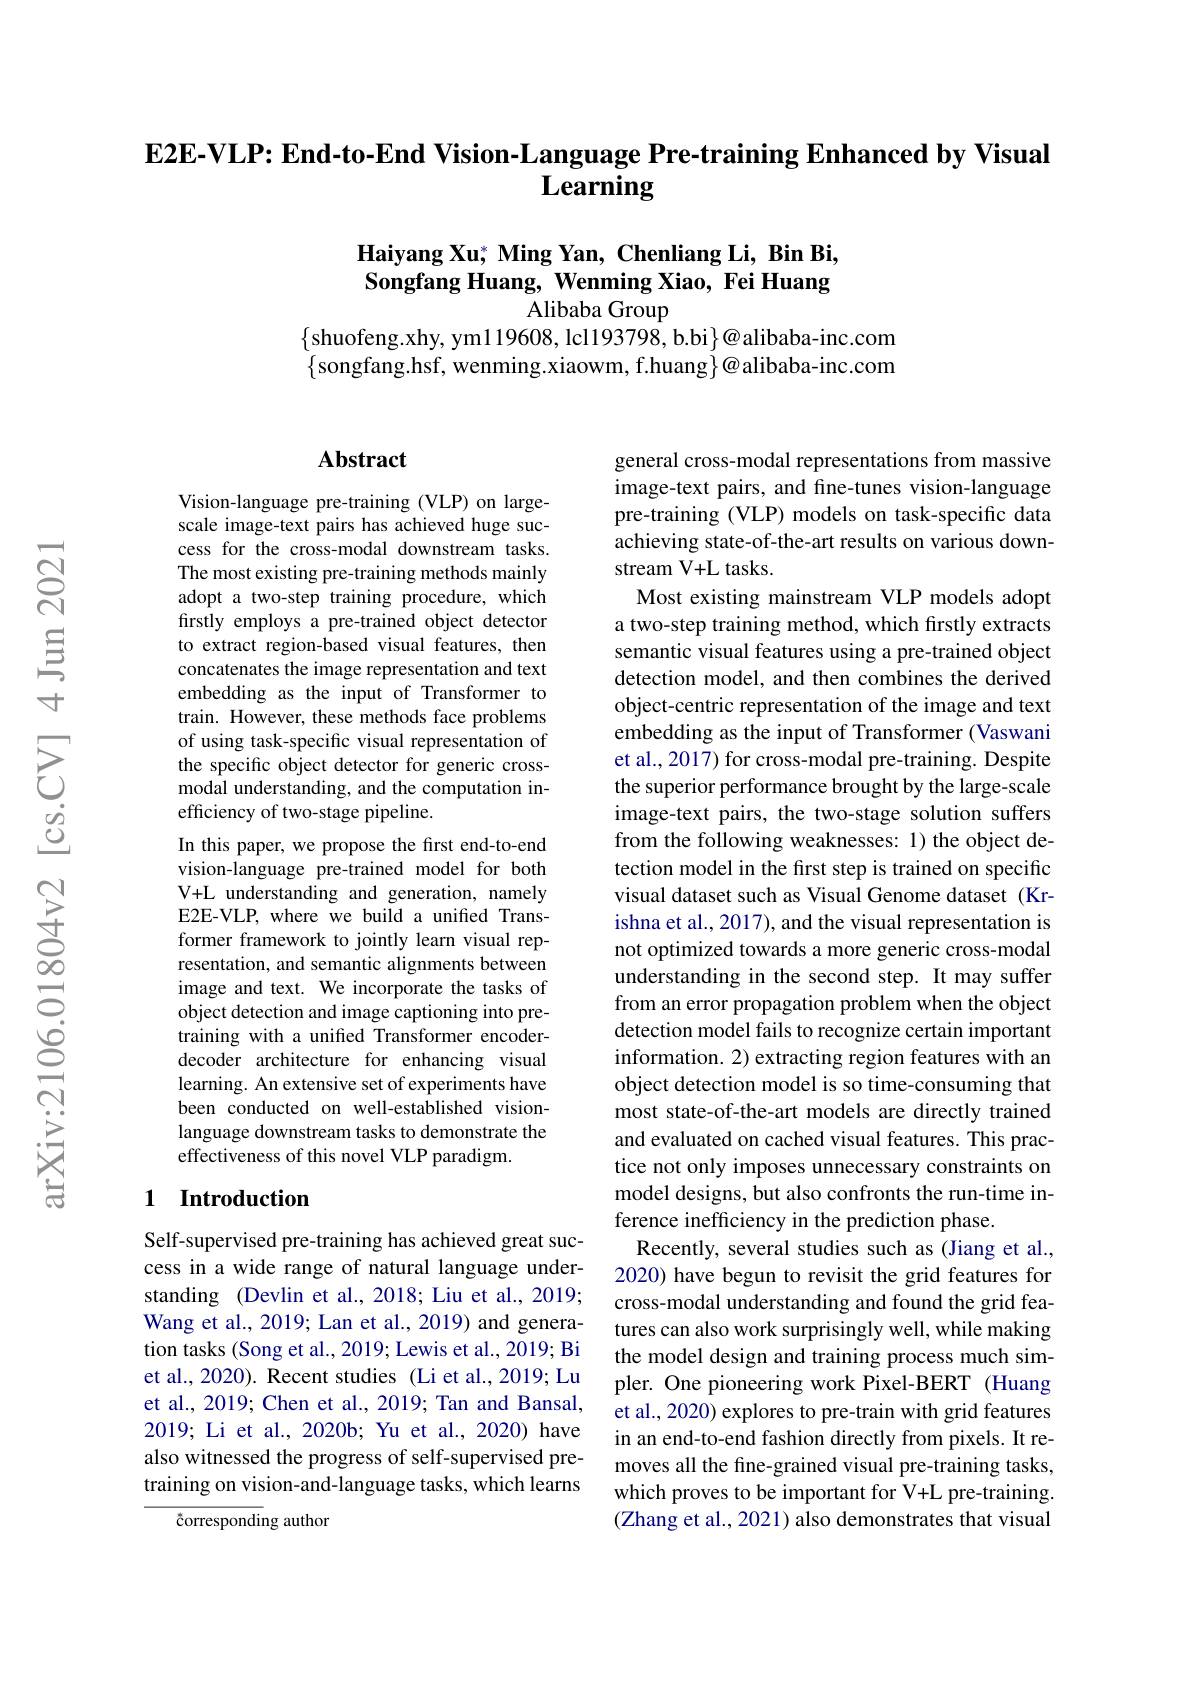
$\textbf{E2E- VLP: End- to- End Vision- Language Pre- training Enhanced by Visual}$
# $\mathbf{Learning}$

# Haiyang Xu; Ming Yan, Chenliang Li, Bin Bi, Songfang Huang, Wenming Xiao, Fei Huang $\overset{\mathrm{e}}{\operatorname*{AlibabaGroup}}$

$\{$shuofeng.xhy, ym119608, lcl193798, b.bi$\}@$alibaba-inc.com $\{$songfang.hsf, wenming.xiaowm, f.huang$\}@$alibaba-inc.com

### $\mathbf{Abstract}$

Vision-language pre-training (VLP) on largescale image-text pairs has achieved huge success for the cross-modal downstream tasks. The most existing pre-training methods mainly adopt a two-step training procedure, which firstly employs a pre-trained object detector to extract region-based visual features, then concatenates the image representation and text embedding as the input of Transformer to train. However, these methods face problems of using task-specific visual representation of the specific object detector for generic crossmodal understanding, and the computation inefficiency of two-stage pipeline.
In this paper, we propose the first end-to-end vision-language pre-trained model for both V+L understanding and generation, namely E2E-VLP, where we build a unified Transformer framework to jointly learn visual representation, and semantic alignments between image and text. We incorporate the tasks of object detection and image captioning into pretraining with a unified Transformer encoderdecoder architecture for enhancing visual learning. An extensive set of experiments have been conducted on well-established visionlanguage downstream tasks to demonstrate the effectiveness of this novel VLP paradigm.

### 1 Introduction

Self-supervised pre-training has achieved great success in a wide range of natural language understanding (Devlin et al., 2018; Liu et al., 2019; Wang et al., 2019; Lan et al., 2019) and generation tasks (Song et al., 2019; Lewis et al., 2019; Bi et al., 2020). Recent studies (Li et al., 2019; Lu et al., 2019; Chen et al., 2019; Tan and Bansal, 2019; Li et al., 2020b; Yu et al., 2020) have also witnessed the progress of self-supervised pretraining on vision-and-language tasks, which learns

{}čorresponding author

general cross-modal representations from massive image-text pairs, and fine-tunes vision-language pre-training (VLP) models on task-specific data achieving state-of-the-art results on various downstream V+L tasks.
Most existing mainstream VLP models adopt a two-step training method, which firstly extracts semantic visual features using a pre-trained object detection model, and then combines the derived object-centric representation of the image and text embedding as the input of Transformer (Vaswani et al., 2017) for cross-modal pre-training. Despite the superior performance brought by the large-scale image-text pairs, the two-stage solution suffers from the following weaknesses: 1) the object detection model in the frst step is trained on specific visual dataset such as Visual Genome dataset (Krishna et al., 2017), and the visual representation is not optimized towards a more generic cross-modal understanding in the second step. It may suffer from an error propagation problem when the object detection model fails to recognize certain important information. 2) extracting region features with an object detection model is so time-consuming that most state-of-the-art models are directly trained and evaluated on cached visual features. This practice not only imposes unnecessary constraints on model designs, but also confronts the run-time inference inefficiency in the prediction phase.
Recently, several studies such as (Jiang et al., 2020) have begun to revisit the grid features for cross-modal understanding and found the grid features can also work surprisingly well, while making the model design and training process much simpler. One pioneering work Pixel-BERT (Huang et al., 2020) explores to pre-train with grid features in an end-to-end fashion directly from pixels. It removes all the fine-grained visual pre-training tasks, which proves to be important for V+L pre-training. (Zhang et al., 2021) also demonstrates that visual